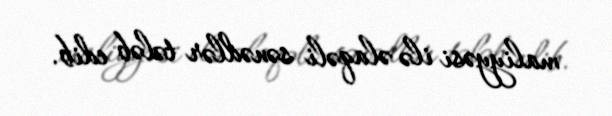
maliyyəsi ilə əlaqəli sənədlər tələb edib.